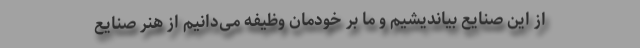
از این صنایع بیاندیشیم و ما بر خودمان وظیفه می‌دانیم از هنر صنایع